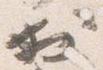
於